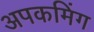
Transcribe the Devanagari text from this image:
अपकमिंग